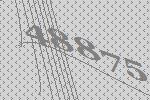
48875